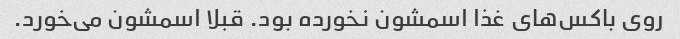
روی باکس‌های غذا اسمشون نخورده بود. قبلا اسمشون می‌خورد.